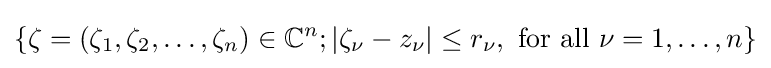
\left\{\zeta =(\zeta _{1},\zeta _{2},\dots ,\zeta _{n})\in \mathbb {C} ^{n};|\zeta _{\nu }-z_{\nu }|\leq r_{\nu },{\text{ for all }}\nu =1,\dots ,n\right\}